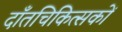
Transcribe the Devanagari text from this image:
दाँतचिकित्सकों